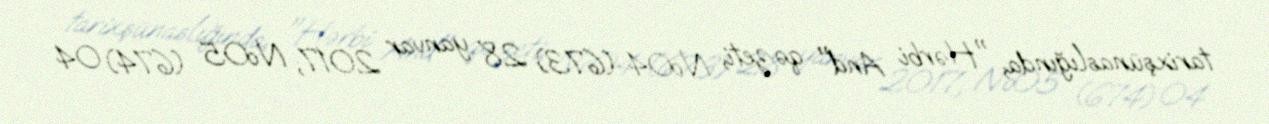
tarixşünaslığında, "Hərbi And" qəzeti, №04 (673) 28 yanvar 2017; №05 (674) 04